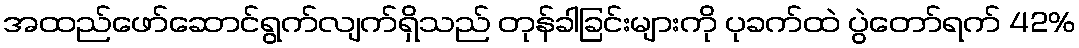
အထည်ဖော်ဆောင်ရွက်လျက်ရှိသည် တုန်ခါခြင်းများကို ပုခက်ထဲ ပွဲတော်ရက် 42%